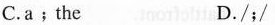
C.a﹔the D./;/